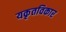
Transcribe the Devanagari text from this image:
यकृतविकार